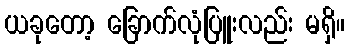
ယခုတော့ ခြောက်လုံပြူးလည်း မရှိ။